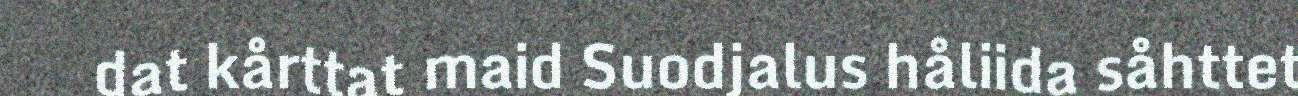
dat kårttat maid Suodjalus håliida såhttet